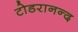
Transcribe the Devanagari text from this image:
टोडरानन्द